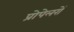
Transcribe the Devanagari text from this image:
प्रोपेलरों